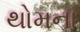
થોમના